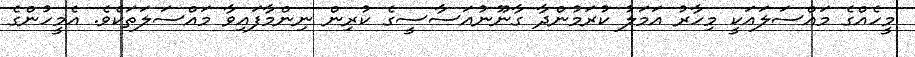
މީހެއްގެ މައްސަލައަކީ މިހާރު އަމަލު ކުރަމުންދާ ގާނޫނުއަސާސީގެ ކުރިން ނިންމާފައިވާ މައްސަލަތަކެވެ. އެމީހުންގެ